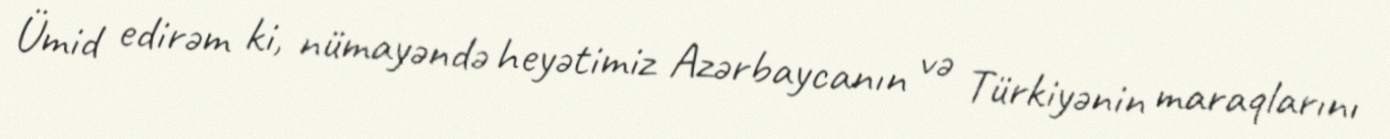
Ümid edirəm ki, nümayəndə heyətimiz Azərbaycanın və Türkiyənin maraqlarını